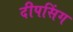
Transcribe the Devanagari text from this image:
दीपसिंग